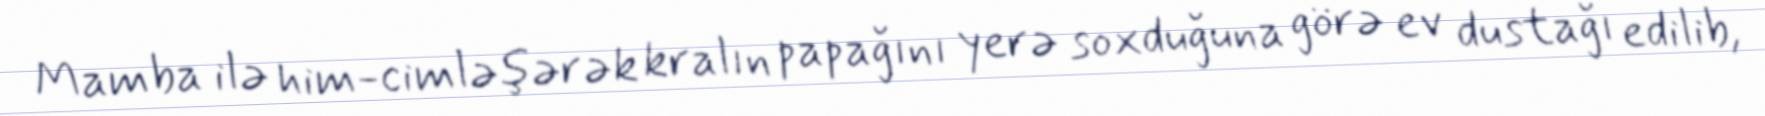
Mamba ilə him-cimləşərək kralın papağını yerə soxduğuna görə ev dustağı edilib,